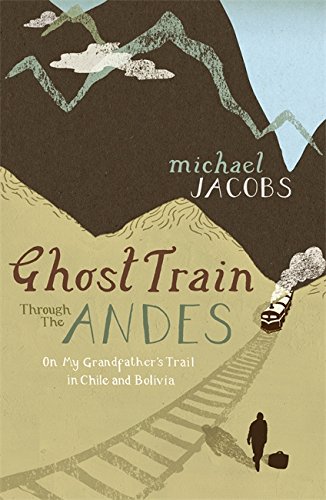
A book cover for Ghost Train Through the Andes: On My Grandfather's Trail in Chile and Bolivia; Michael Jacobs; Travel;